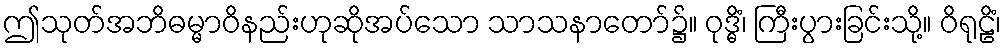
ဤသုတ်အဘိဓမ္မာဝိနည်းဟုဆိုအပ်သော သာသနာတော်၌။ ဝုဒ္ဓိံ၊ ကြီးပွားခြင်းသို့။ ဝိရုဠိံ၊